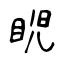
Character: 𥆩